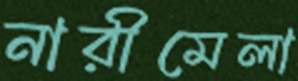
নারীমেলা